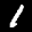
Label: 1